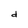
Character: d